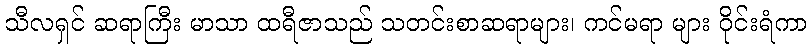
သီလရှင် ဆရာကြီး မာသာ ထရီဇာသည် သတင်းစာဆရာများ၊ ကင်မရာ များ ဝိုင်းရံကာ